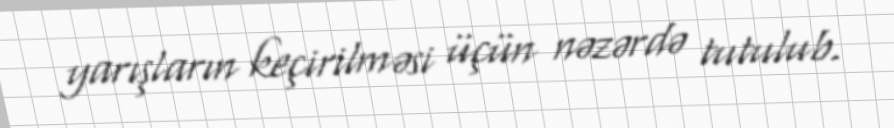
yarışların keçirilməsi üçün nəzərdə tutulub.